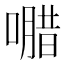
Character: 𭊸